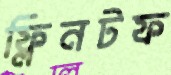
ফ্লিনটফ